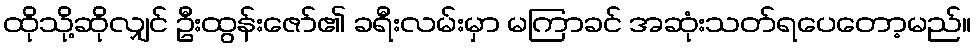
ထိုသို့ဆိုလျှင် ဦးထွန်းဇော်၏ ခရီးလမ်းမှာ မကြာခင် အဆုံးသတ်ရပေတော့မည်။